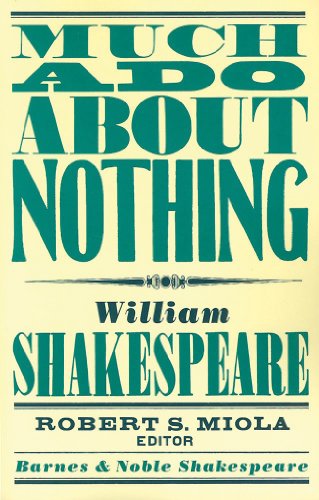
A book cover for Much Ado About Nothing (Barnes & Noble Shakespeare); William Shakespeare; Literature & Fiction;